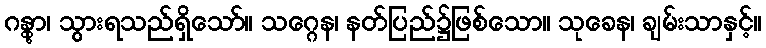
ဂန္တွာ၊ သွားရသည်ရှိသော်။ သဂ္ဂေန၊ နတ်ပြည်၌ဖြစ်သော။ သုခေန၊ ချမ်းသာနှင့်။